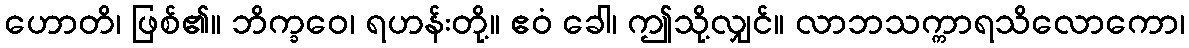
ဟောတိ၊ ဖြစ်၏။ ဘိက္ခဝေ၊ ရဟန်းတို့။ ဧဝံ ခေါ၊ ဤသို့လျှင်။ လာဘသက္ကာရသိလောကော၊